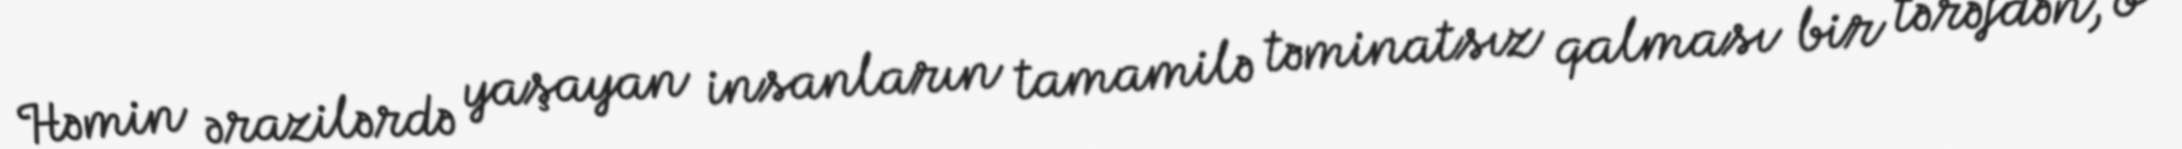
Həmin ərazilərdə yaşayan insanların tamamilə təminatsız qalması bir tərəfdən, o